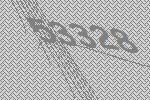
53328